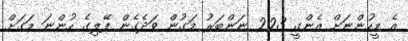
އެ މީހުންނަށް އެންގީ 223 ނަންބަރު މަގުން ވަދެގެން ފޭލިގެ ހުންނަ މަގަށް